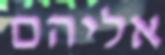
אליהם